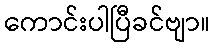
ကောင်းပါပြီခင်ဗျာ။